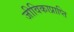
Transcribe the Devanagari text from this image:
जीविकाप्राप्ति